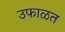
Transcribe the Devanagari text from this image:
उफाळत